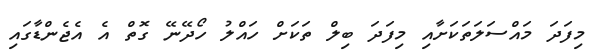
މިފަދަ މައްސަލަތަކަށާއި މިފަދަ ބިލް ތަކަށް ހައްލު ހޯދޭނޭ ގޮތް އެ އެޖެންޑާގައި